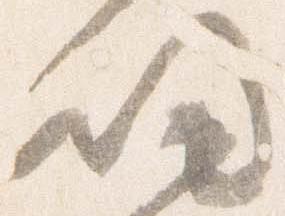
帰